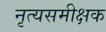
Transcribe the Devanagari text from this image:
नृत्यसमीक्षक